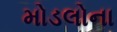
મોડલોના